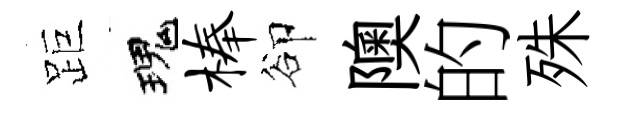
距瑰榛卻隩的殊